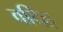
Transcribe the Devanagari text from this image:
वदिह